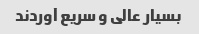
بسیار عالی و سریع آوردند